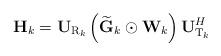
LaTeX: \begin{align*}{\bf{H}}_k = {\bf{U}}_{{\rm{R}}_k } \left( {{\bf{ \widetilde{G}}}_k \odot {\bf{W}}_k } \right){\bf{U}}_{{\rm{T}}_k }^H\end{align*}